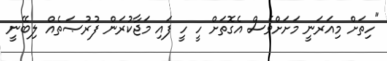
"ހިތަށް މިއަރަނީ މަށަށްވެސް އެގޮތަށް ހީ ހީ ފައި މަޖާކުރަން ފުރުޞަތެއް ލިބޭނީ